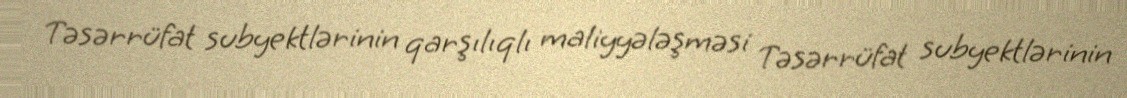
Təsərrüfat subyektlərinin qarşılıqlı maliyyələşməsi Təsərrüfat subyektlərinin